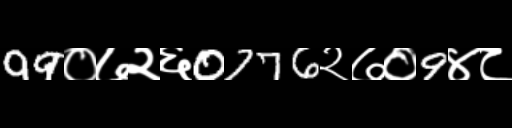
Text: 99०७२६0776२७०9४८